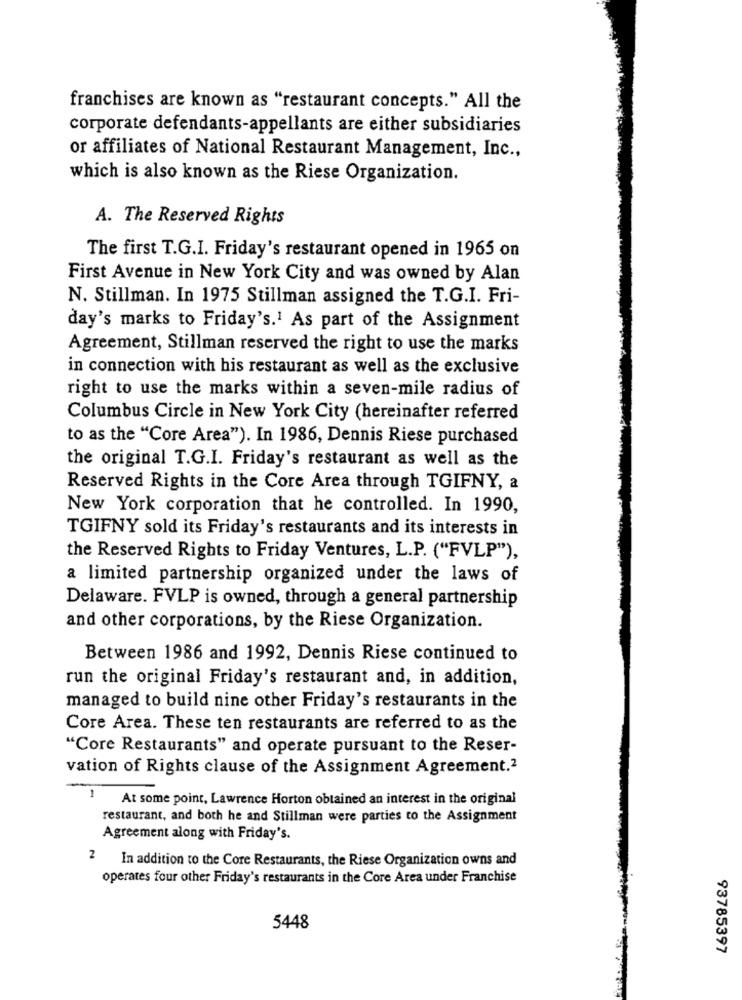
franchises are known as "restaurant concepts." All the
corporate defendants-appellants are either subsidiaries
or affiliates of National Restaurant Management, Inc .,
which is also known as the Riese Organization.
A. The Reserved Rights
The first T.G.I. Friday's restaurant opened in 1965 on
First Avenue in New York City and was owned by Alan
N. Stillman. In 1975 Stillman assigned the T.G.I. Fri-
day's marks to Friday's.1 As part of the Assignment
Agreement, Stillman reserved the right to use the marks
in connection with his restaurant as well as the exclusive
right to use the marks within a seven-mile radius of
Columbus Circle in New York City (hereinafter referred
to as the "Core Area"). In 1986, Dennis Riese purchased
the original T.G.I. Friday's restaurant as well as the
Reserved Rights in the Core Area through TGIFNY, a
New York corporation that he controlled. In 1990,
TGIFNY sold its Friday's restaurants and its interests in
the Reserved Rights to Friday Ventures, L.P. ("FVLP"),
a limited partnership organized under the laws of
Delaware. FVLP is owned, through a general partnership
and other corporations, by the Riese Organization.
Between 1986 and 1992, Dennis Riese continued to
run the original Friday's restaurant and, in addition,
managed to build nine other Friday's restaurants in the
Core Area. These ten restaurants are referred to as the
"Core Restaurants" and operate pursuant to the Reser-
vation of Rights clause of the Assignment Agreement.2
1
At some point, Lawrence Horton obtained an interest in the original
restaurant, and both he and Stillman were parties to the Assignment
Agreement along with Friday's.
2 In addition to the Core Restaurants, the Riese Organization owns and
operates four other Friday's restaurants in the Core Area under Franchise
5448
93785397